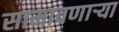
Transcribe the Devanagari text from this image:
सामावणाऱ्या